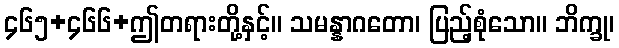
၄၆၅+၄၆၆+ဤတရားတို့နှင့်။ သမန္နာဂတော၊ ပြည့်စုံသော။ ဘိက္ခု၊